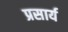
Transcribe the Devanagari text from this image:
प्रसार्य